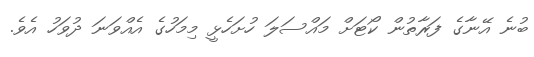
ބުނެ އޭނާގެ ފަރާތުން ކޯޓަށް މައްސަލަ ހުށަހެޅީ މިމަހުގެ އެއްވަނަ ދުވަހު އެވެ.